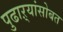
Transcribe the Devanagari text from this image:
पुढाऱ्यांसोबत